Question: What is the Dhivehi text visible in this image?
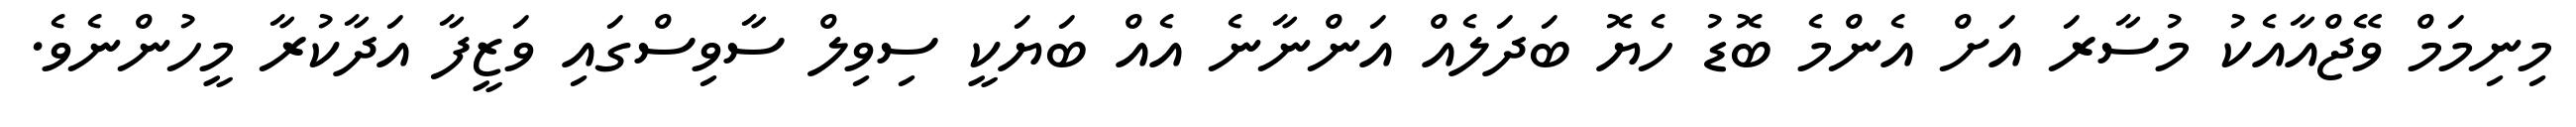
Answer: މިނިމަމް ވޭޖްއާއެކު މުސާރަ އަށް އެންމެ ބޮޑު ހެޔޮ ބަދަލެއް އަންނާނެ އެއް ބަޔަކީ ސިވިލް ސާވިސްގައި ވަޒީފާ އަދާކުރާ މީހުންނެވެ.